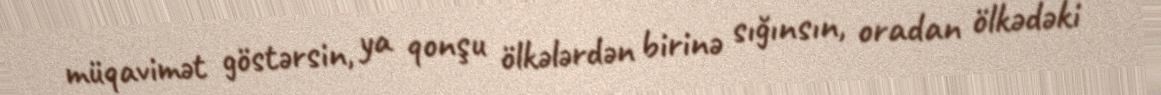
müqavimət göstərsin, ya qonşu ölkələrdən birinə sığınsın, oradan ölkədəki